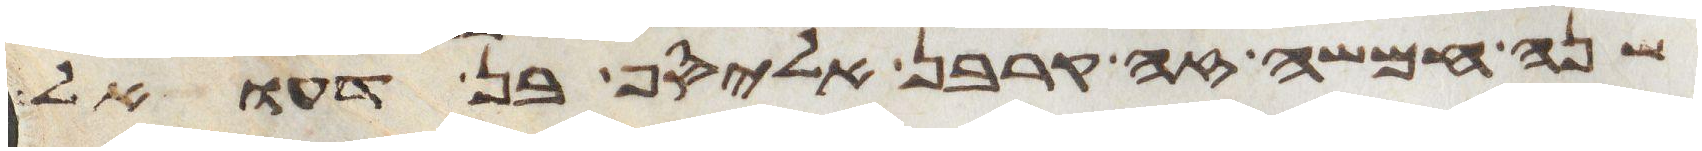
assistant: שנה חמשה זה קרבן אליסף בן דעואל